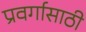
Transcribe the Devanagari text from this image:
प्रवर्गासाठी